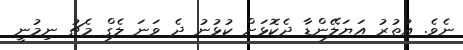
ނެވެ. އުތުރު އަޔަލޭންޑާ ދެކޮޅަށް ކުޅުނު ދެ ވަނަ ލެގް މެޗު ނިމުނީ